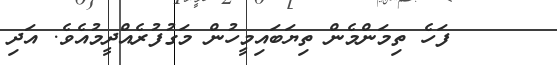
٣٢     ފަހެ ތިމަންމެން ތިޔަބައިމީހުން މަގުފުރެއްދީމުއެވެ. އަދި